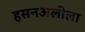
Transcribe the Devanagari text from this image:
हसनअलीला